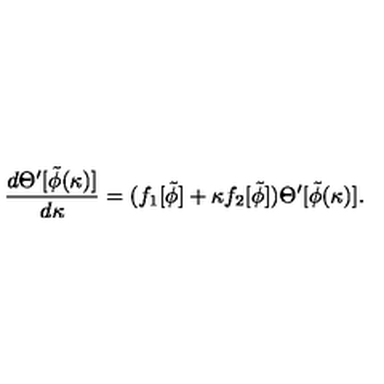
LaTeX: { \frac { d \Theta ^ { \prime } [ \tilde { \phi } ( \kappa ) ] } { d \kappa } } = ( f _ { 1 } [ \tilde { \phi } ] + \kappa f _ { 2 } [ \tilde { \phi } ] ) \Theta ^ { \prime } [ \tilde { \phi } ( \kappa ) ] .